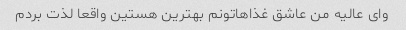
وای عالیه من عاشق غذاهاتونم بهترین هستین واقعا لذت بردم